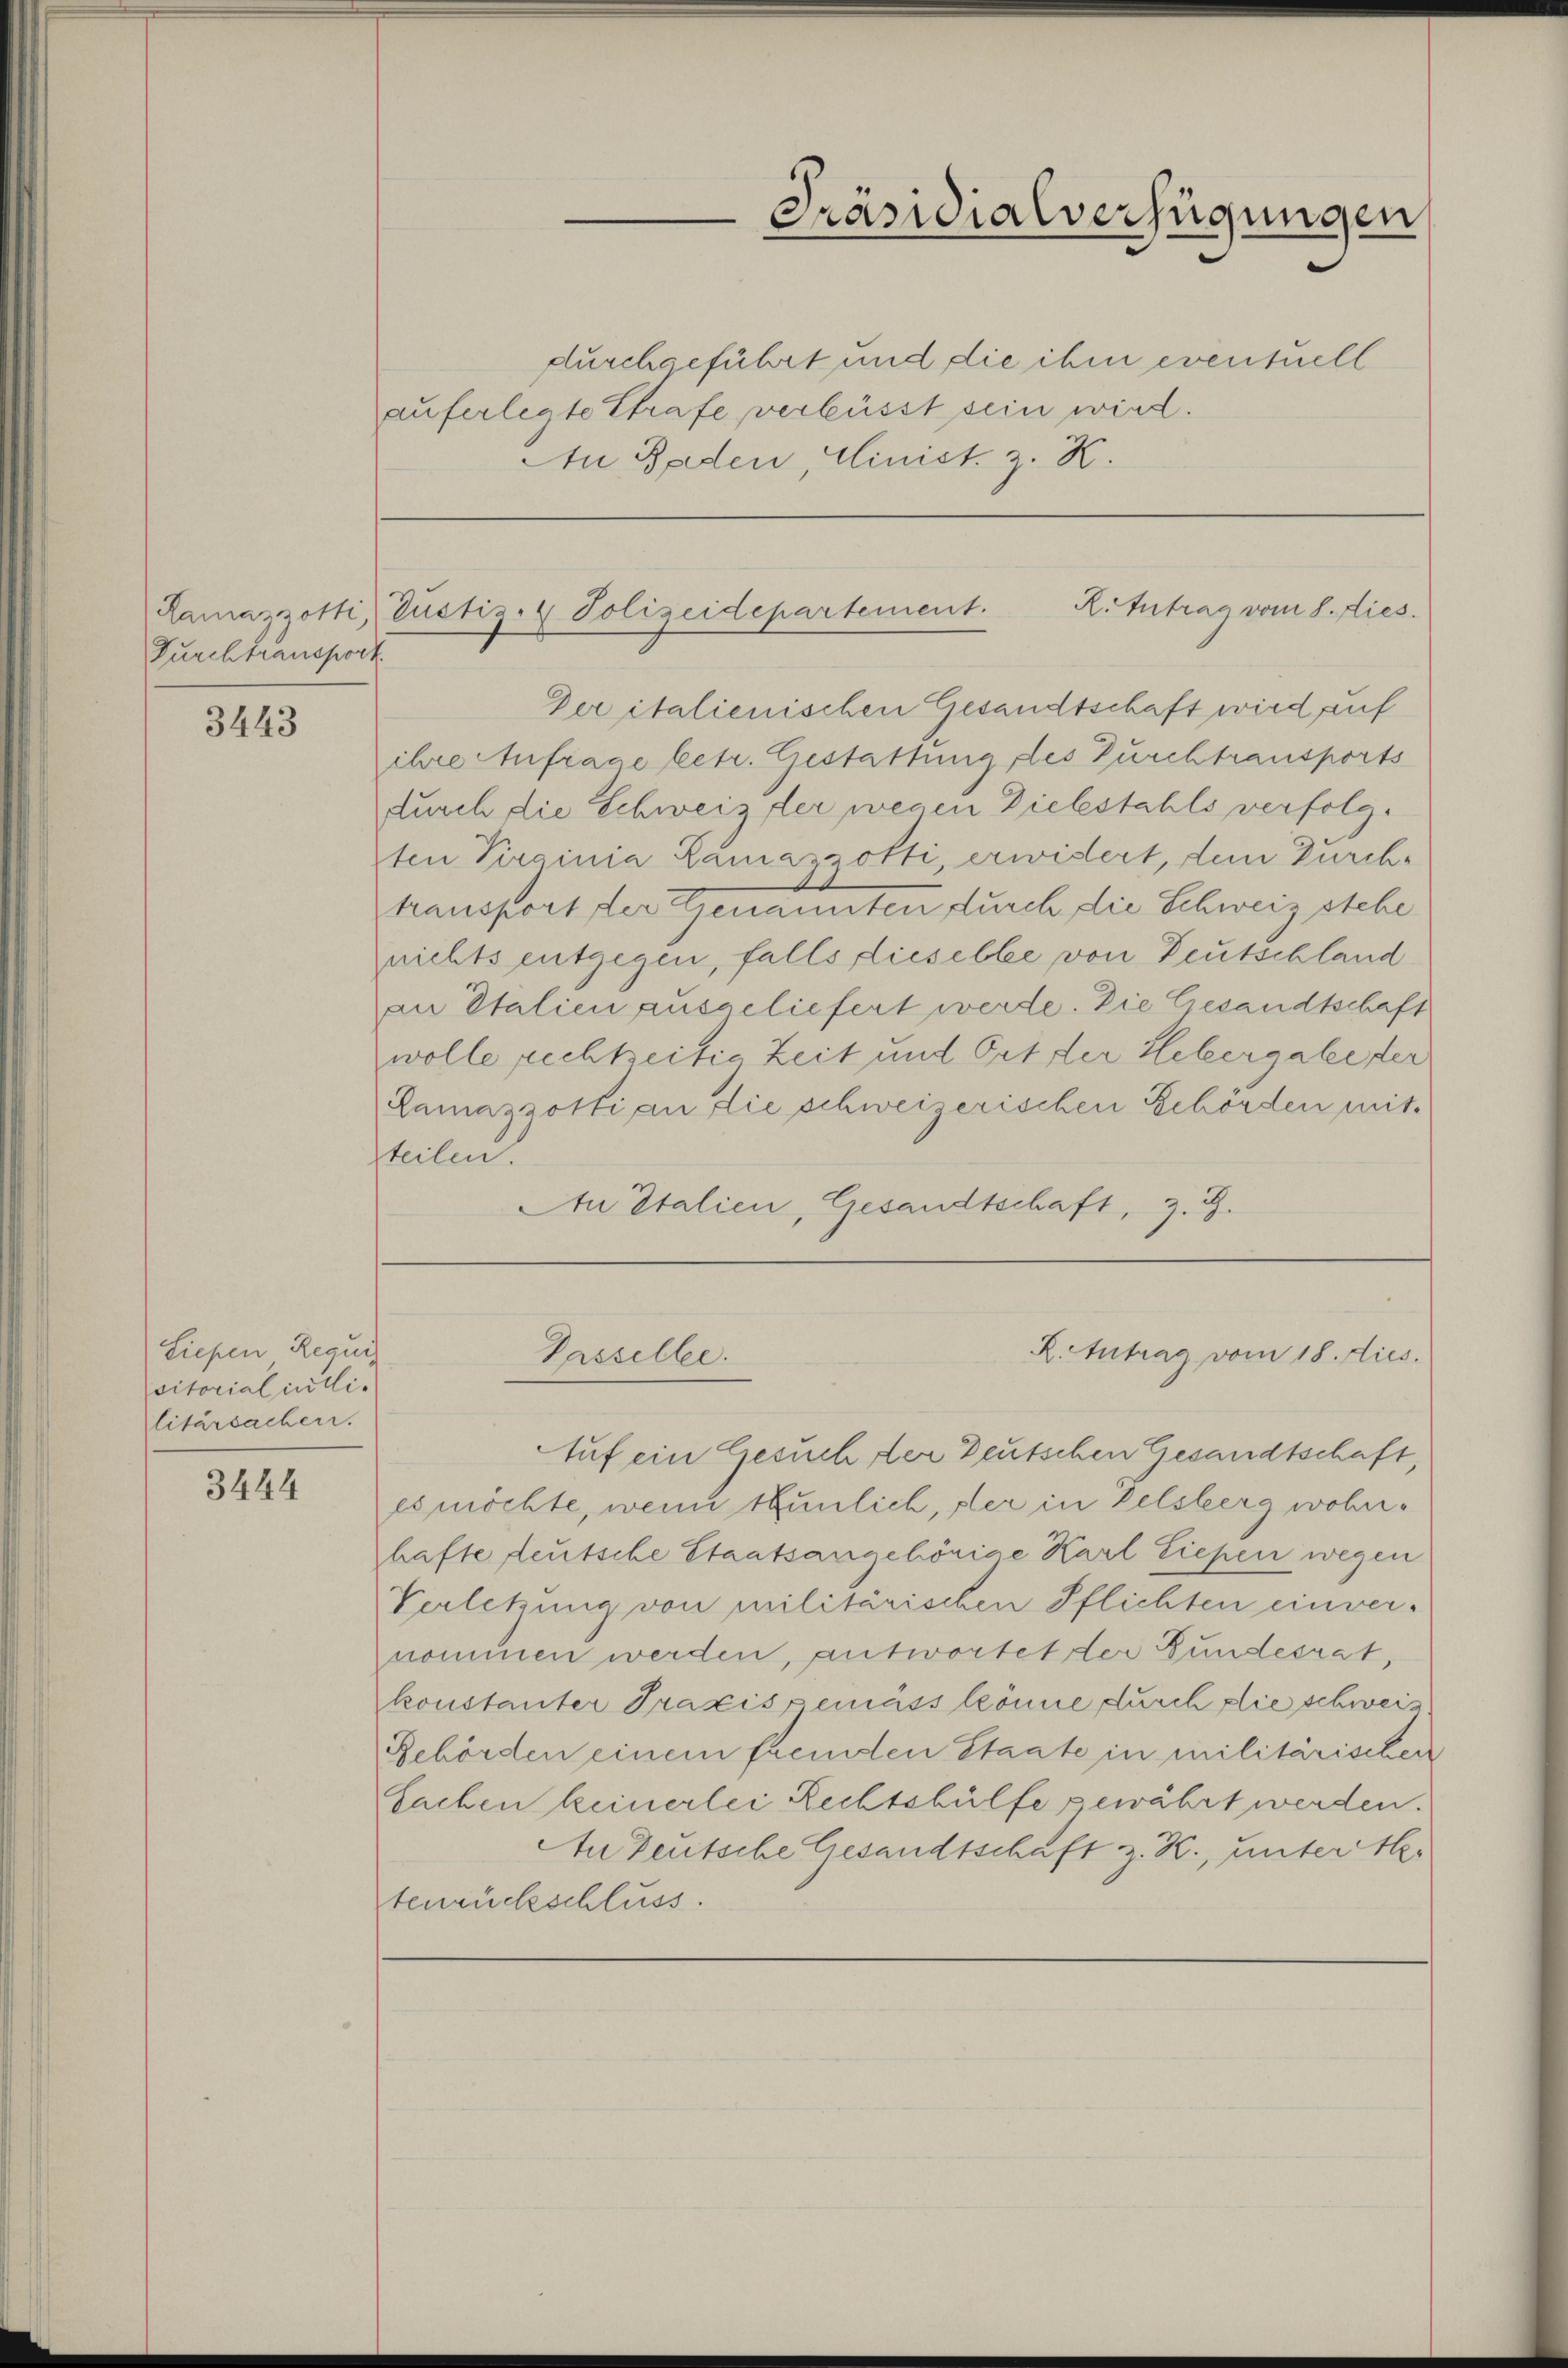
Furchtransport.

3443

Siepen Requis
sitorialintli
litärsachen.

3444

durchgeführt und die ihm eventuell
auferlegte Strafe verbüsst sein wird.
An Baden, Minist z. B.

Der italienischen Gesandtschaft wird auf
ihre Anfrage betr. Gestattung des Durchtransports
durch die Schweiz der wegen Diebstahls verfolgten Virginia Lamaszotti, erwidert, dem Durch-
d
transport der Genannten durch die Schweiz stehe
nichts entgegen, falls dieselbe von Deutschland
an Italien ausgeliefert werde. Die Gesandtschaft
wolle rechtzeitig Zeit und Ort der Hebergabe der
Ramazzotti an die schweizerischen Schörden mit
steilen.
An Italien, Gesandtschaft, z. B.

Präsidialverfügungen

Ramazzotti, Justiz- & Polizeidepartement. R. Intrag vom 8. dies

R. Antrag vom 18. dies
Passeller.

Auf ein Gesuch der Deutschen Gesandtschaft,
es möchte, wenn thunlich, fler in Delsberg wohnhafte deutsche Staatsangehörige Karl Liefen wegen
Verletzung von militärischen Pflichten einver-
nommen werden, antwortet der Bundesrat,
konstanter Praxis gemäss könne durch die schweis
Behörden einem fremden Staate in militärischen
Sachen keinerlei Rechtshülfe gewährt werden.
An Deutsche Gesandtschaft z. R., untert
tenrückschluss.